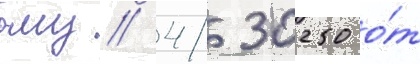
ому/ 4/ 30250 о́т